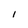
Character: I